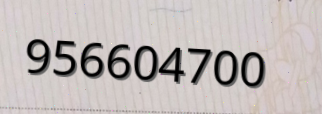
956604700